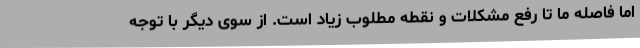
اما فاصله ما تا رفع مشکلات و نقطه مطلوب زیاد است. از سوی دیگر با توجه